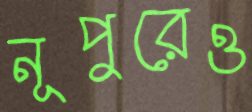
নূপুরেও